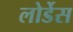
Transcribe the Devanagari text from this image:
लोर्डेस